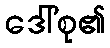
ဒေါ်စု၏